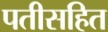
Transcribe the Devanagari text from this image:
पतीसहित